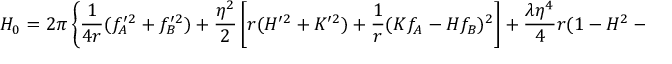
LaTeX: H _ { 0 } = 2 \pi \left\{ \frac { 1 } { 4 r } ( f _ { A } ^ { \prime 2 } + f _ { B } ^ { \prime 2 } ) + \frac { \eta ^ { 2 } } { 2 } \left[ r ( H ^ { \prime 2 } + K ^ { \prime 2 } ) + \frac { 1 } { r } ( K f _ { A } - H f _ { B } ) ^ { 2 } \right] + \frac { \lambda \eta ^ { 4 } } { 4 } r ( 1 - H ^ { 2 } - K ^ { 2 } ) ^ { 2 } \right\}